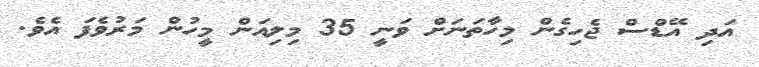
އަދި އޭޑްސް ޖެހިގެން މިހާތަނަށް ވަނީ 35 މިލިއަން މީހުން މަރުވެފަ އެވެ.